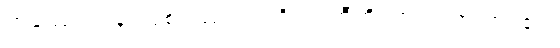
တဿေဝအရူပါဝစရဿ။ ပ။ ဝိဟရတီတိ၊ ဟူ၍။ အာဟ၊ ၏။